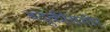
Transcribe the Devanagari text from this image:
बंदुकीसमोर